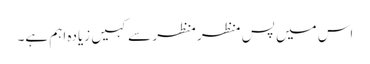
اس میں پس منظر منظر سے کہیں زیادہ اہم ہے۔